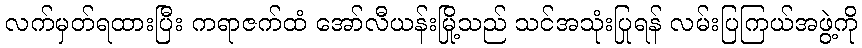
လက်မှတ်ရထားပြီး ကရာဇက်ထံ အော်လီယန်းမြို့သည် သင်အသုံးပြုရန် လမ်းပြကြယ်အဖွဲ့ကို